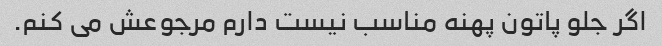
اگر جلو پاتون پهنه مناسب نیست دارم مرجوعش می کنم.